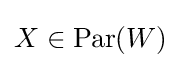
X\in \operatorname {Par} (W)